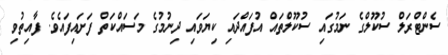
ސެންޓްރަލް ސުކޫލްގެ ނަމުގައި ސުކޫލްތައް އުފައްދައި ކިޔަވައި ދިނުމުގެ މަސައްކަތް ފަށައިފައެވެ. ފާއިތުވި